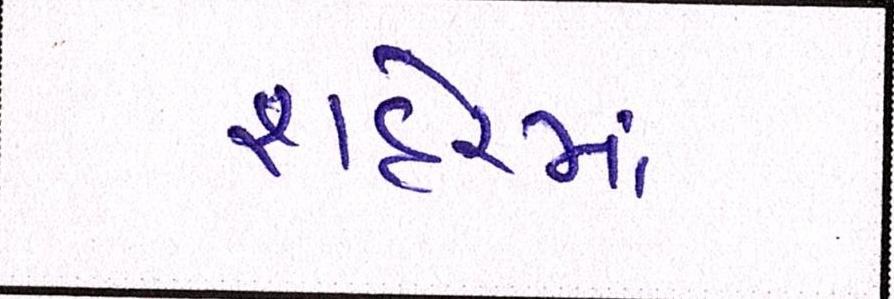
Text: શહેરમાં